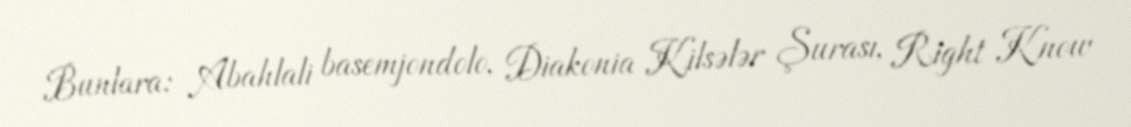
Bunlara: Abahlali basemjondolo, Diakonia Kilsələr Şurası, Right Know